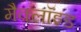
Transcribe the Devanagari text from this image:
मैक्लॉइड